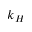
k _ { H }